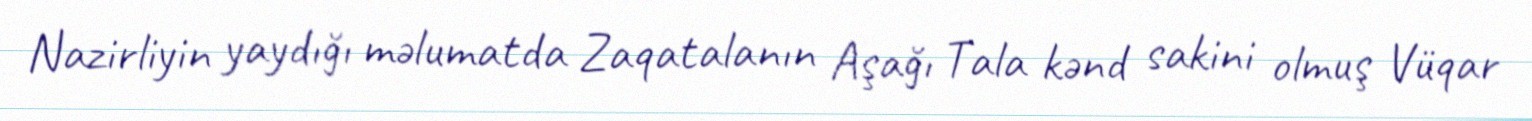
Nazirliyin yaydığı məlumatda Zaqatalanın Aşağı Tala kənd sakini olmuş Vüqar